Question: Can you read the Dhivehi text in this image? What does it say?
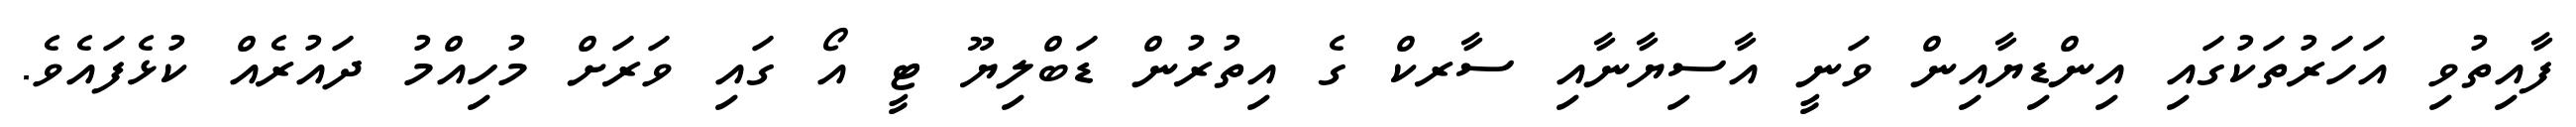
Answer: ފާއިތުވި އަހަރުތަކުގައި އިންޑިޔާއިން ވަނީ އާސިޔާނާއި ސާރކް ގެ އިތުރުން ޑަބްލިޔޫ ޓީ އޯ ގައި ވަރަށް މުހިއްމު ދައުރެއް ކުޅެފައެވެ.